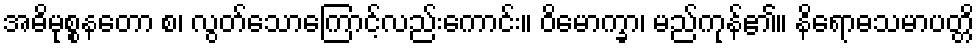
အဓိမုစ္စနတော စ၊ လွတ်သောကြောင့်လည်းကောင်း။ ဝိမောက္ခာ၊ မည်ကုန်၏။ နိရောဓသမာပတ္တိ